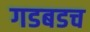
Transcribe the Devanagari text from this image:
गडबडच